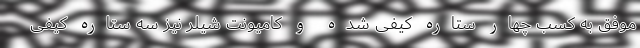
موفق به کسب چهار ستاره کیفی شده‌ و کامیونت شیلر نیز سه ستاره کیفی